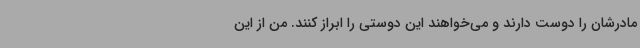
مادرشان را دوست دارند و می‌خواهند این دوستی را ابراز کنند. من از این